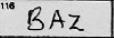
Transcription: BAZ